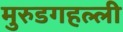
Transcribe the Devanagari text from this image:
मुरुडगहल्ली